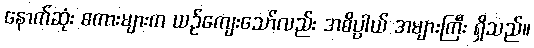
နောက်ဆုံး စကားများက ယဉ်ကျေးသော်လည်း အဓိပ္ပာယ် အများကြီး ရှိသည်။